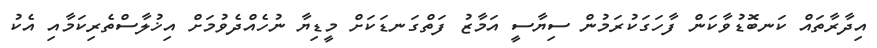
އިދާރާތައް ކަނބޮޑުވާކަން ފާހަގަކުރަމުން ސިޔާސީ އަމާޒު ފަތްގަނޑަކަށް މީޑިޔާ ނުހެއްދެވުމަށް އިޚުލާސްތެރިކަމާއި އެކު